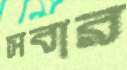
সবার